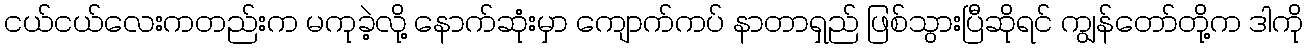
ငယ်ငယ်လေးကတည်းက မကုခဲ့လို့ နောက်ဆုံးမှာ ကျောက်ကပ် နာတာရှည် ဖြစ်သွားပြီဆိုရင် ကျွန်တော်တို့က ဒါကို